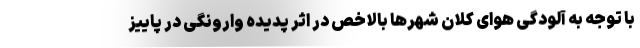
با توجه به آلودگی هوای کلان شهرها بالاخص در اثر پدیده وارونگی در پاییز